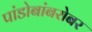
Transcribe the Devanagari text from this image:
पांडोबांबरोबर